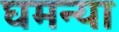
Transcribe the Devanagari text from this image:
घमन्या